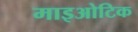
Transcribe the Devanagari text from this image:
माइओटिक